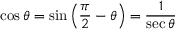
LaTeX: \cos \theta = \sin \left( { \frac { \pi } { 2 } } - \theta \right) = { \frac { 1 } { \sec \theta } }